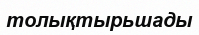
толықтырьшады